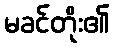
မခင်တိုး၏